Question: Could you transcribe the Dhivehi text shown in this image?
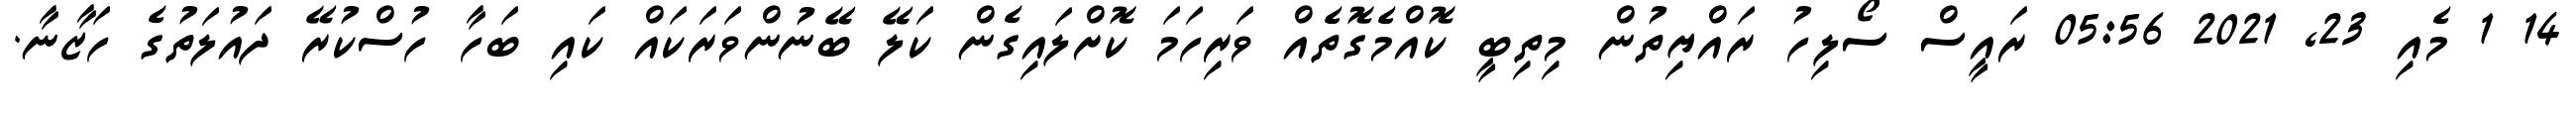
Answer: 14 1 މެއި 23, 2021 05:56 ރައީސް ސޯލިހު ރައްޔިތުން މިތިބީ ކޮއްމެގޮތެއް ވަރިހަމަ ކޮށްލައިގެން ކަލޭ ބޭނުންވަރަކައް ކައި ބަހާ ހުސްކުރޭ ދައުލަތުގެ ހަޒާނާ.